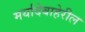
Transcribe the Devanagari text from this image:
मर्यादेबाहेरील